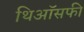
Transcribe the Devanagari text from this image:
थिऑसफी